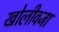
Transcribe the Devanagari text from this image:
खोलीवजा